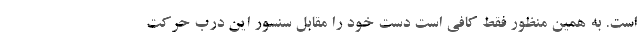
است. به همین منظور فقط کافی است دست خود را مقابل سنسور این درب حرکت